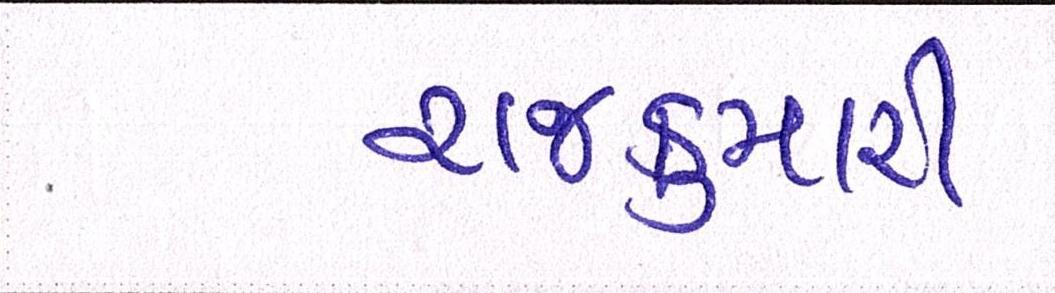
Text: રાજકુમારી